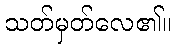
သတ်မှတ်လေ၏။